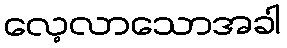
လေ့လာသောအခါ